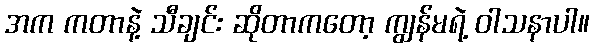
အက ကတာနဲ့ သီချင်း ဆိုတာကတော့ ကျွန်မရဲ့ ဝါသနာပါ။